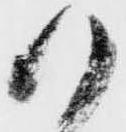
御